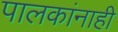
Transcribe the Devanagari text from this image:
पालकांनाही